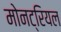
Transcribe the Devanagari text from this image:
मोनट्रियल